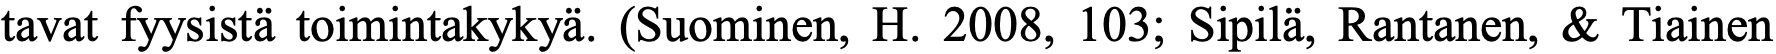
tavat fyysistä toimintakykyä. (Suominen, H. 2008, 103; Sipilä, Rantanen, & Tiainen